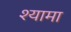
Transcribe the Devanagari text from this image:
श्‍यामा